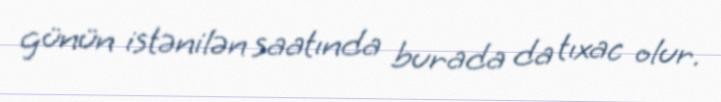
günün istənilən saatında burada da tıxac olur.